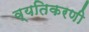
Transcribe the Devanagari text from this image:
व्यतिकरणी